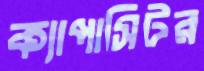
ক্যাপাসিটর